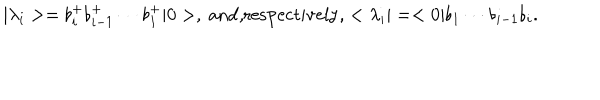
| \lambda _ { i } > = \flat _ { i } ^ { + } \flat _ { i - 1 } ^ { + } \cdots \flat _ { 1 } ^ { + } | 0 > , \mathrm { ~ a n d , r e s p e c t i v e l y , } < \lambda _ { i } | = < 0 | \flat _ { 1 } \cdots \flat _ { i - 1 } \flat _ { i } .